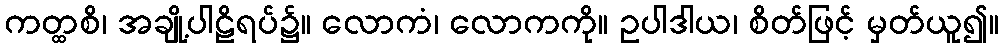
ကတ္ထစိ၊ အချို့ပါဠိရပ်၌။ လောကံ၊ လောကကို။ ဥပါဒါယ၊ စိတ်ဖြင့် မှတ်ယူ၍။